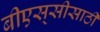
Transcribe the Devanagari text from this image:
बीएस्‌सीसाठी